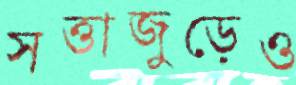
সত্তাজুড়েও